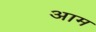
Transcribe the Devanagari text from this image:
अाम